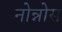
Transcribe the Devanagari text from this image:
नोन्नोस